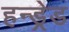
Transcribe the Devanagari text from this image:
हन्ड्रेड